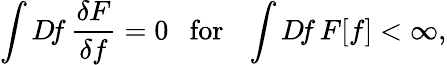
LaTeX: \int D\! f\, \frac{\delta F}{\delta f}=0~~~\mathrm{for}~~~\int D\! f\, F[f]<\infty,